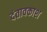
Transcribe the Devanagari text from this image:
दंतावकाश